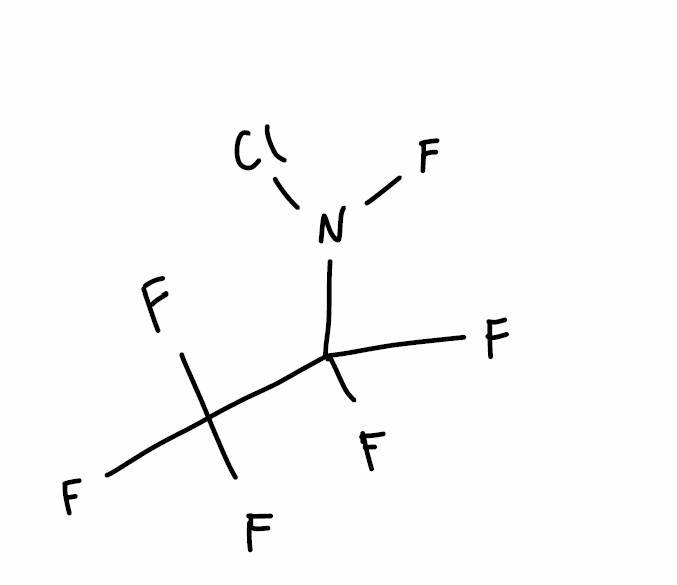
Simplified molecular-input line-entry system (SMILES) notation of the given molecule:
C(C(F)(F)F)(N(F)Cl)(F)F